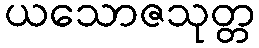
ယသောဇသုတ္တ